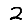
Digit: 2